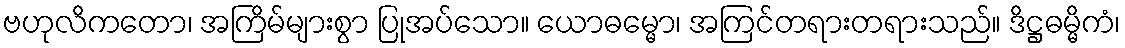
ဗဟုလိကတော၊ အကြိမ်များစွာ ပြုအပ်သော။ ယောဓမ္မော၊ အကြင်တရားတရားသည်။ ဒိဋ္ဌဓမ္မိကံ၊